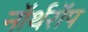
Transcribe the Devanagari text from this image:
नॉर्थरॉप